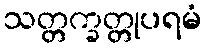
သတ္တက္ခတ္တုပရမံ